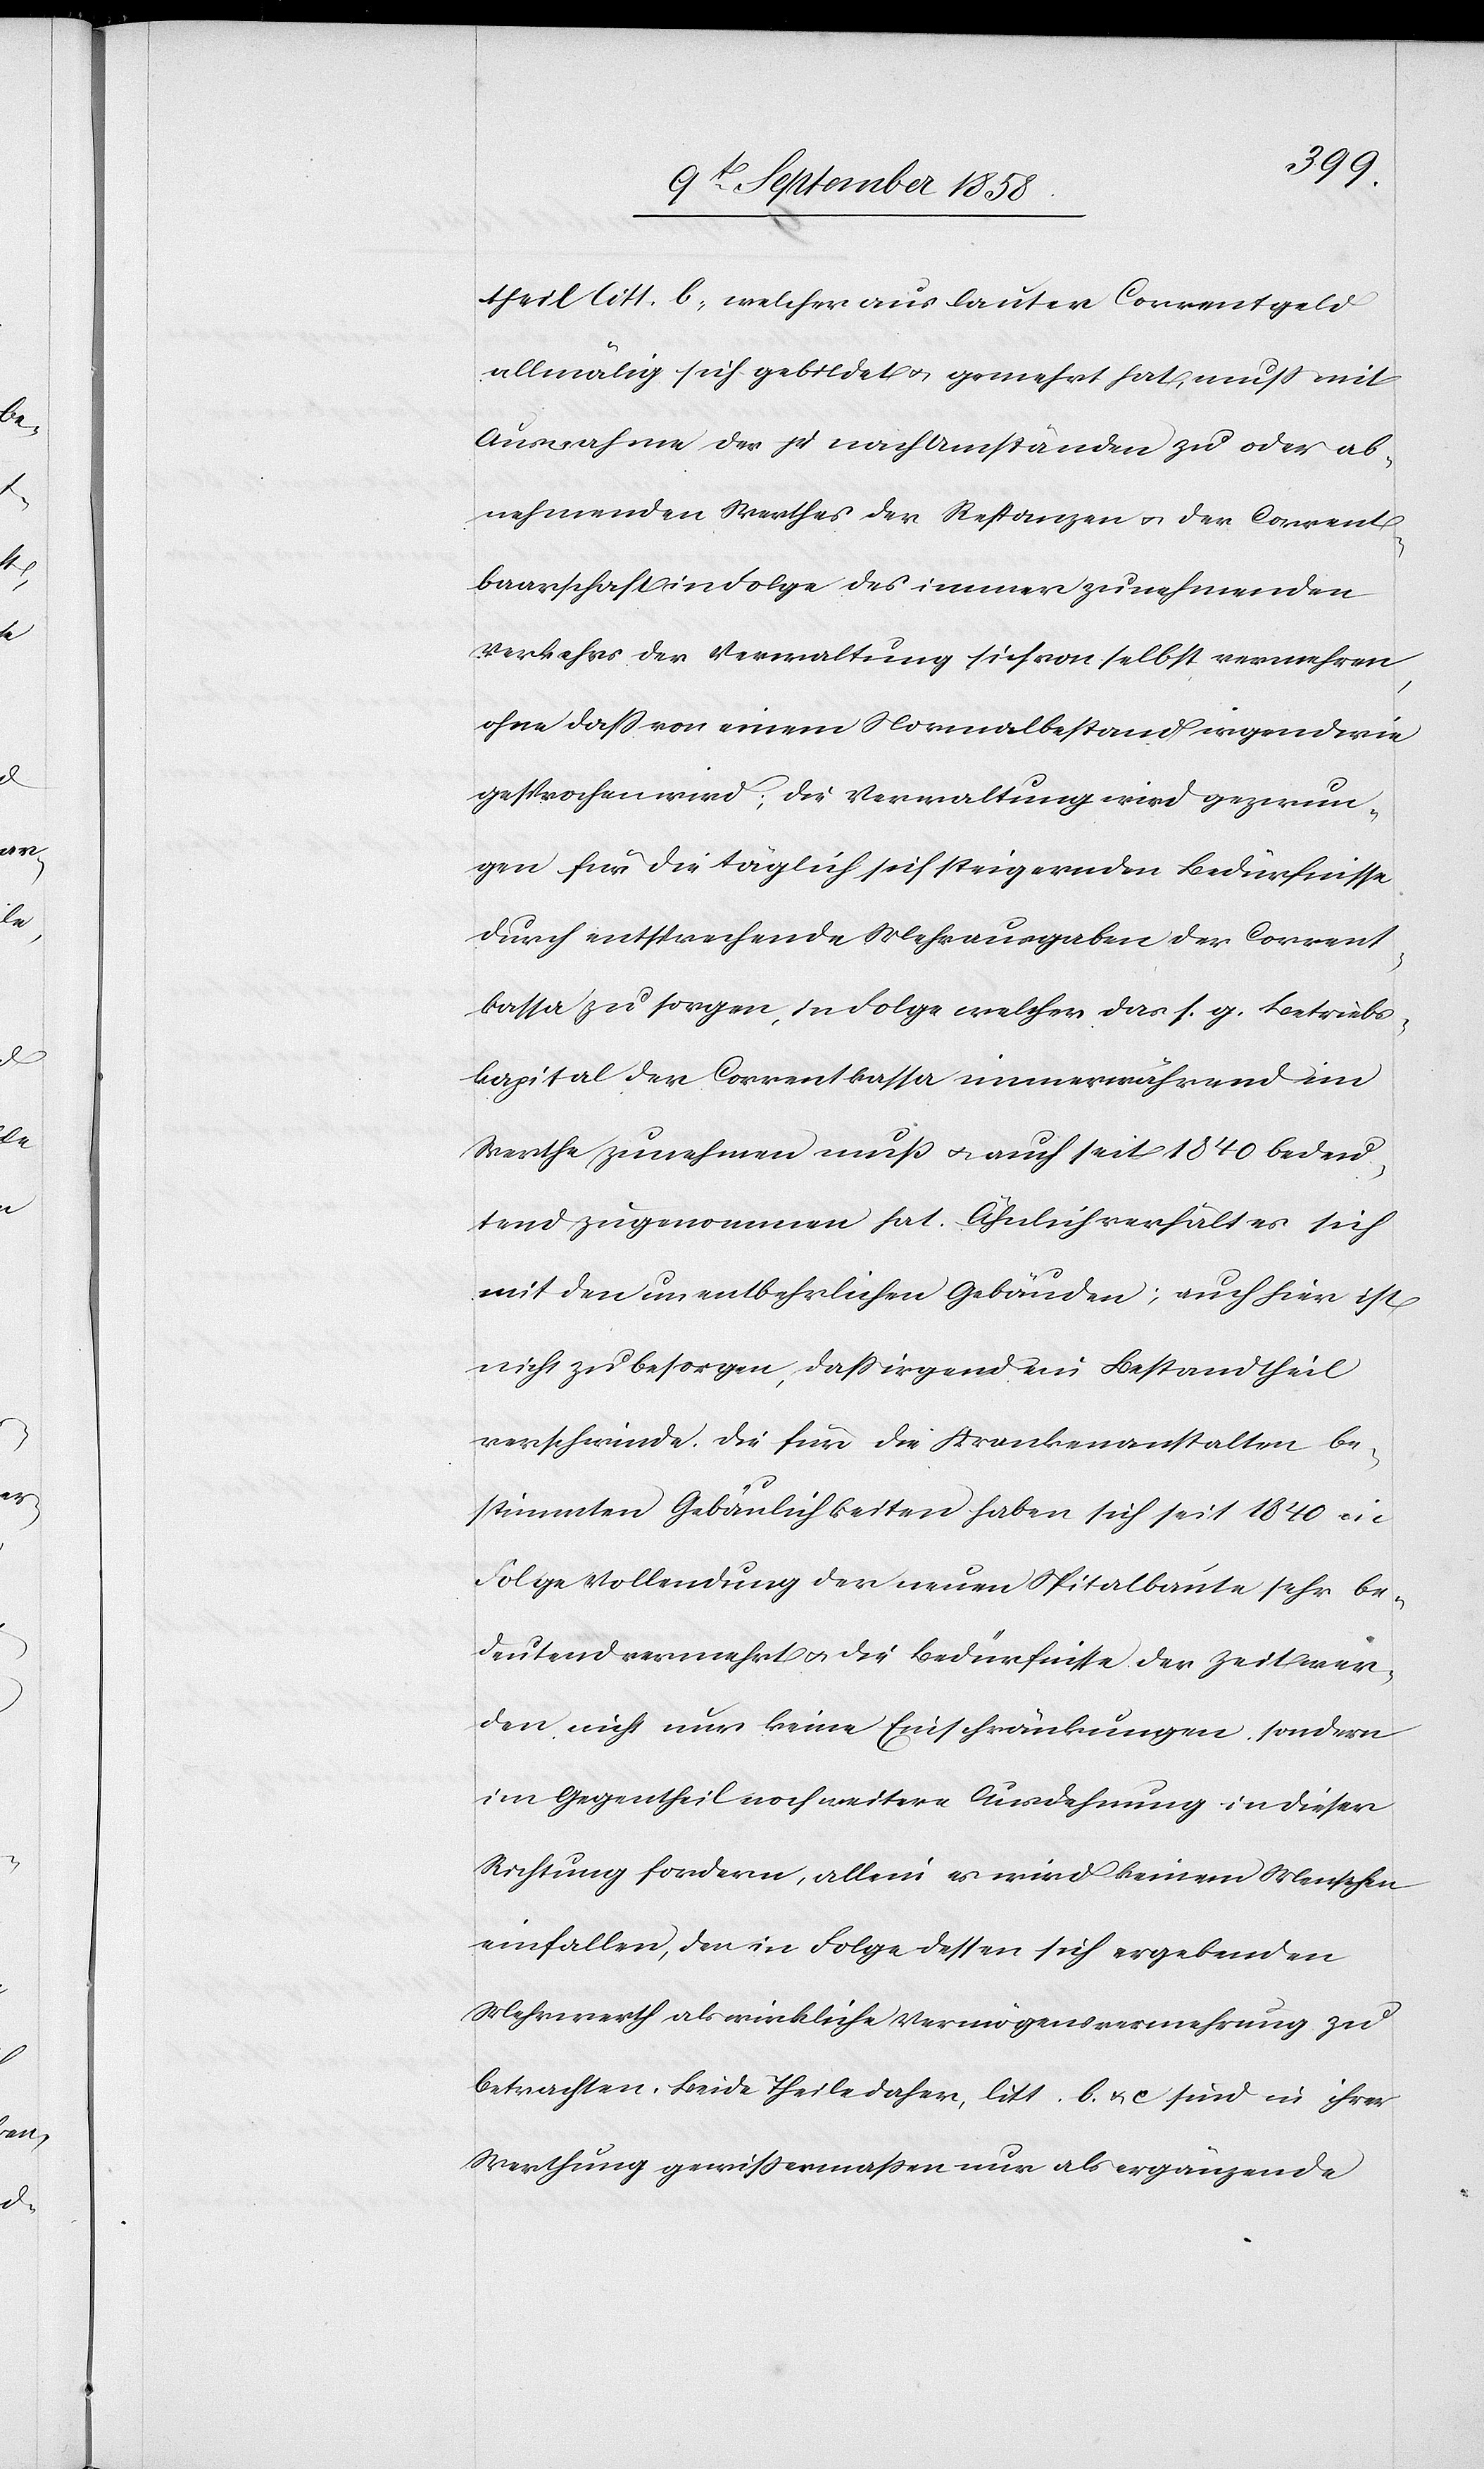
theil litt. b, welcher aus lauter Correntgeld
allmälig sich gebildet & gemehrt hat, muss mit
Ausnahme des je nach Umständen zu[-] oder ab¬
nehmenden Werthes der Restanzen & der Corrent¬
baarschaft in Folge des immer zunehmenden
Verkehrs der Verwaltung sich von selbst vermehren,
ohne dass von einem Normalbestand irgendwie
gesprochen wird; die Verwaltung wird gezwun¬
gen für die täglich sich steigernden Bedürfnisse
durch entsprechende Mehrausgaben der Corrent¬
kassa zu sorgen, in Folge welcher das s. g. Betriebs¬
kapital der Correntkassa immerwährend im
Werthe zunehmen muß & auch seit 1840 bedeu¬
tend zugenommen hat. Ähnlich verhält es sich
mit den unentbehrlichen Gebäuden; auch hier ist
nicht zu besorgen, dass irgend ein Bestandtheil
verschwinde. Die für die Krankenanstalten be¬
stimmten Gebäulichkeiten haben sich seit 1840 in
Folge Vollendung der neuen Spitalbaute sehr be¬
deutend vermehrt & die Bedürfnisse der Zeit wer¬
den nicht nur keine Einschränkungen, sondern
im Gegentheil noch weitere Ausdehnung in dieser
Richtung fordern, allein es wird keinem Menschen
einfallen, den in Folge dessen sich ergebenden
Mehrwerth als wirkliche Vermögensvermehrung zu
betrachten. Beide Theile daher, litt. b. & c sind in ihrer
Werthung gewissermassen nur als ergänzende